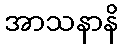
အာသနာနိ